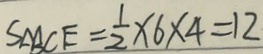
S _ { \Delta B C E } = \frac { 1 } { 2 } \times 6 \times 4 = 1 2